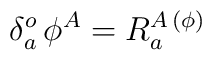
\delta^o_a\,\phi^A = R^{A\, ( \phi )}_a